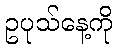
ဥပုသ်နေ့ကို